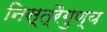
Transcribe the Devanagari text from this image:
निस्त्रैगुण्य